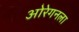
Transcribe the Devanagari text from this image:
ओरेगनला